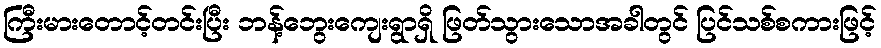
ကြီးမားတောင့်တင်းပြီး ဘန့်ဘွေးကျေးရွာရှိ ဖြတ်သွားသောအခါတွင် ပြင်သစ်စကားဖြင့်